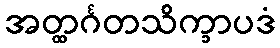
အတ္ထင်္ဂတသိက္ခာပဒံ